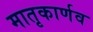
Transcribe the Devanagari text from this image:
मातृकार्णव